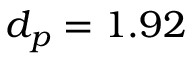
d _ { p } = 1 . 9 2